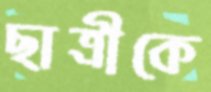
ছাত্রীকে